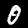
Digit: 0